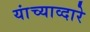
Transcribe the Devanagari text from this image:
यांच्याव्दारे